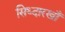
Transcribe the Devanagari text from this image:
सिध्दारखाँ